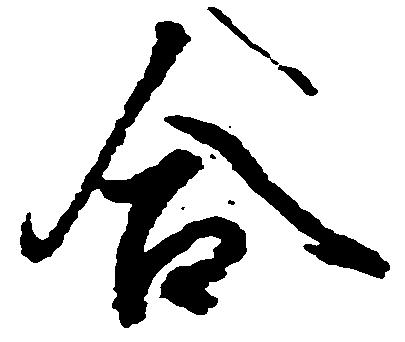
合